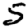
Digit: 5